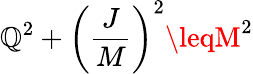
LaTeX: \mathbb{Q}^{2}+\left({\frac{{J}}{{M}}}\right)^{2}\leqM^{2}